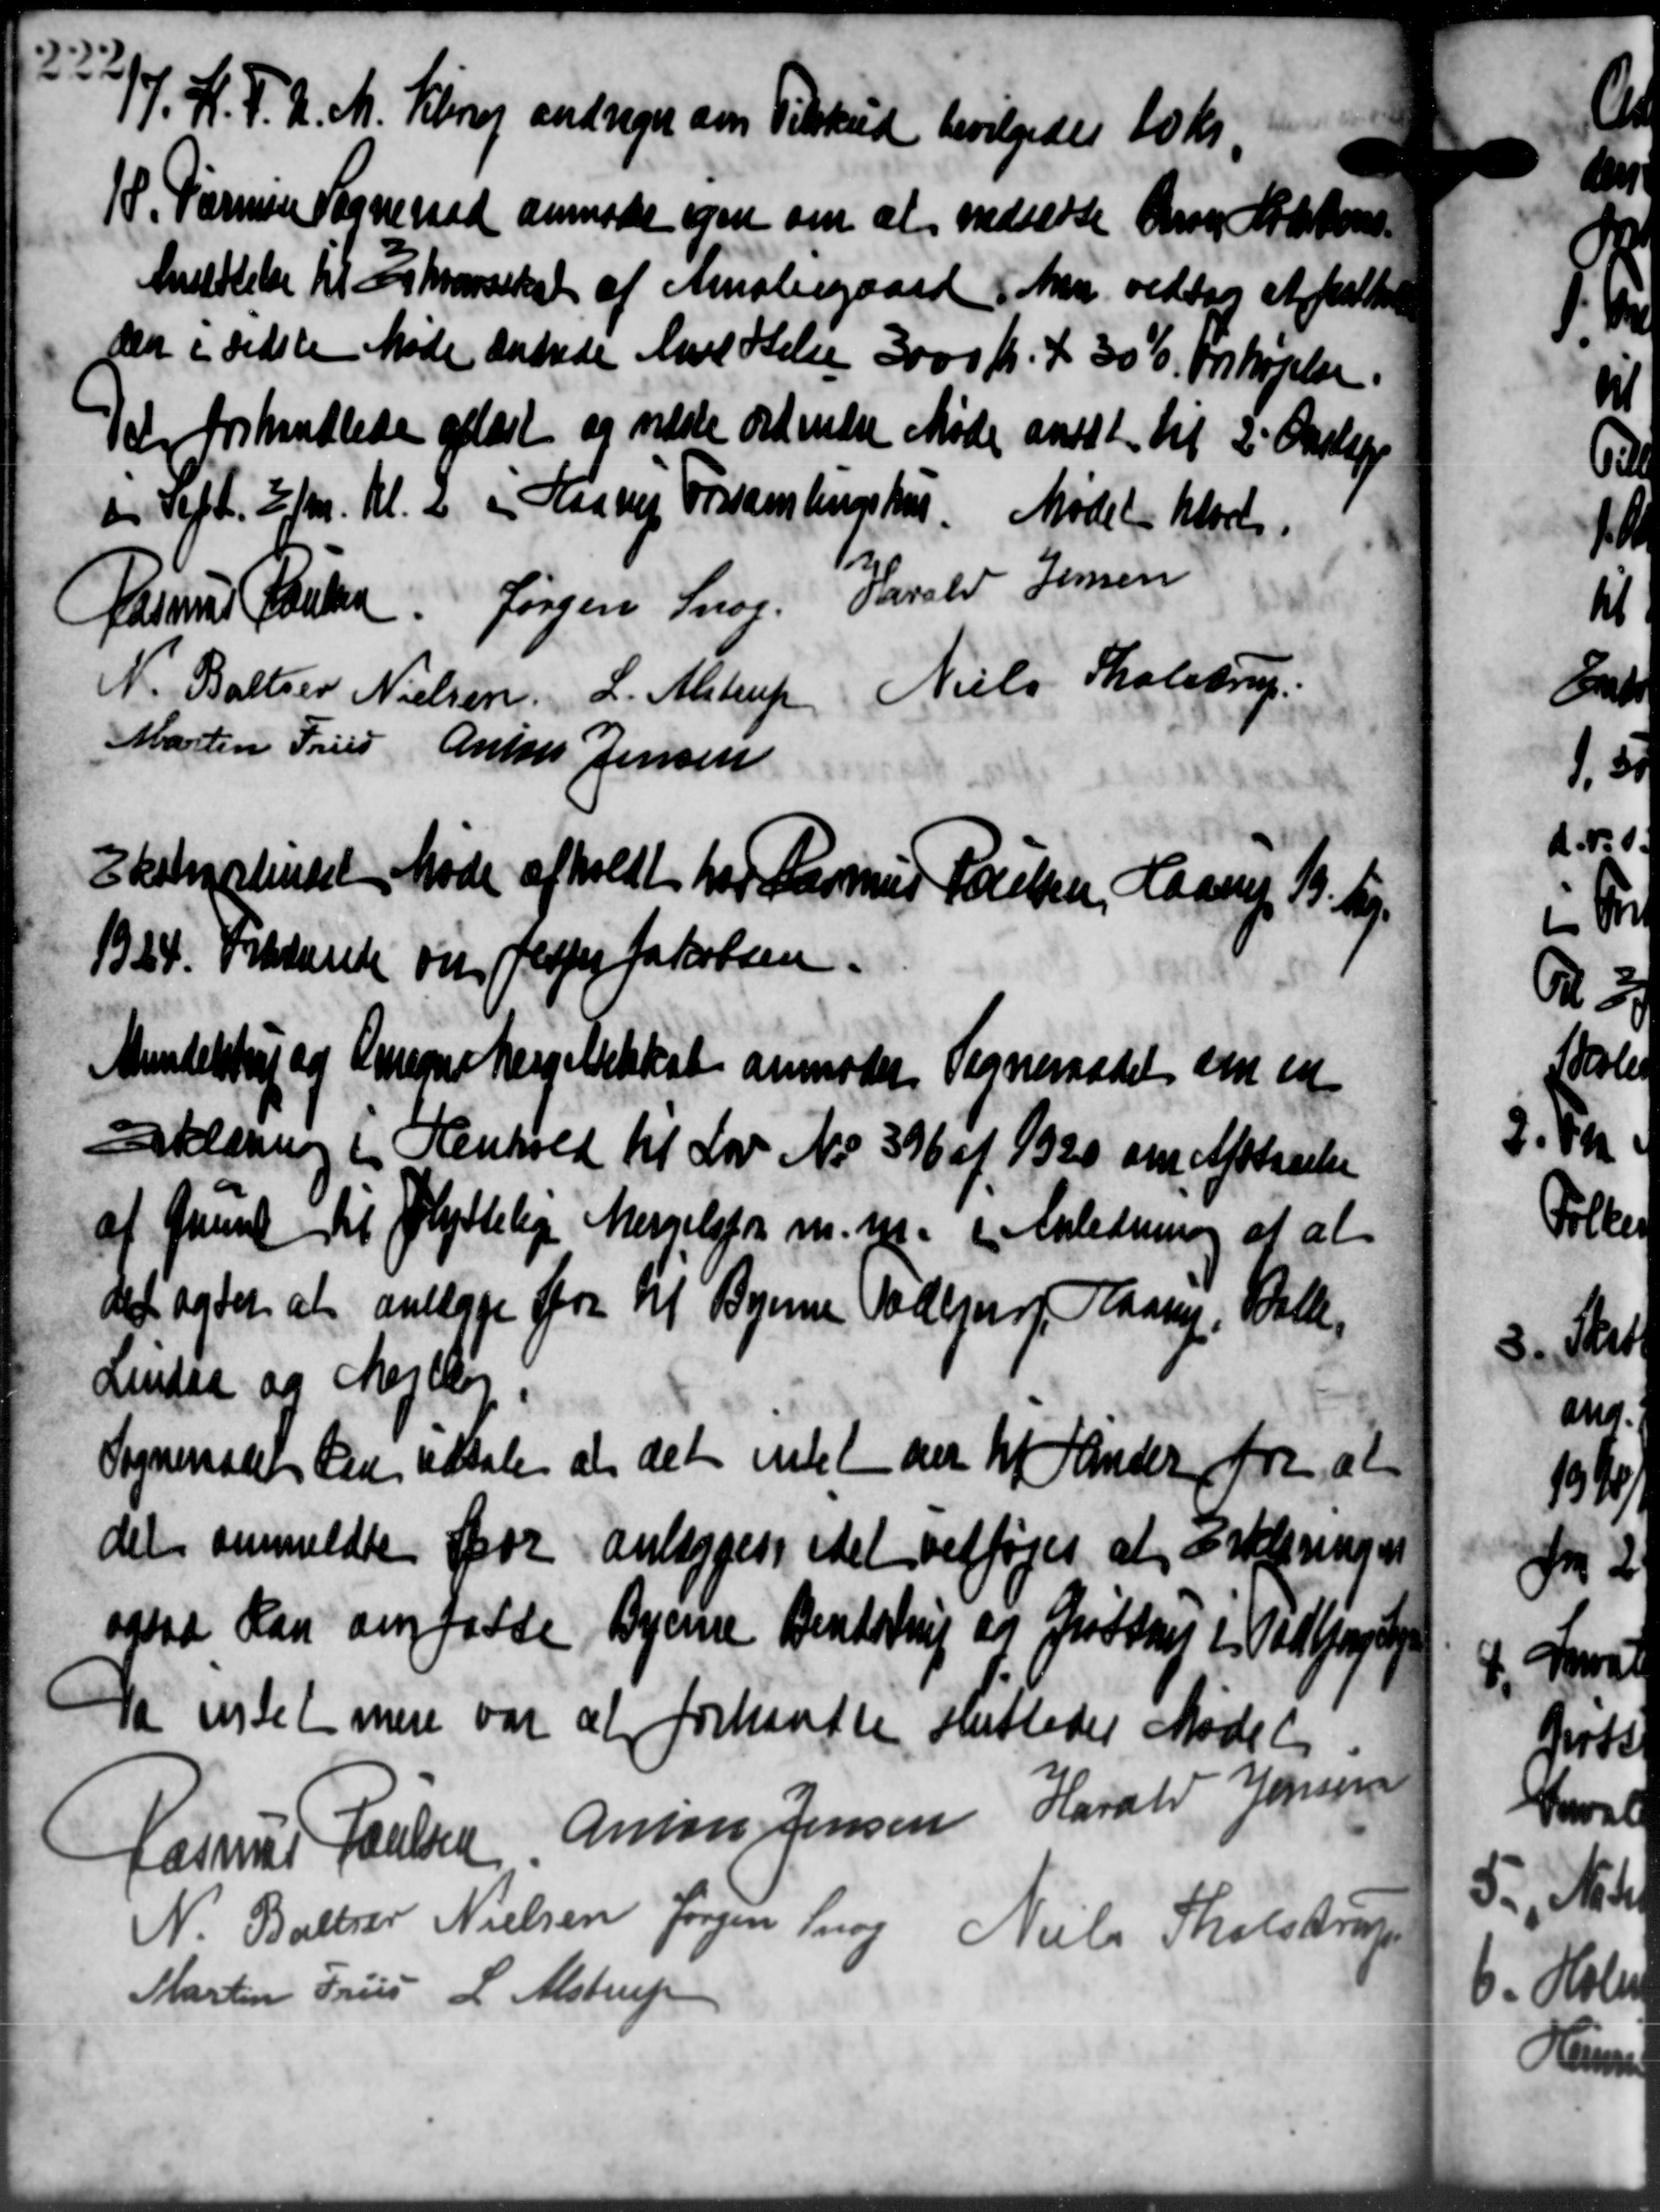
Transskription:
1. H. F. U. M. Klerup andrager om Tilskud bevilgedes 10 Kr.
18. Varmine Sogneraad anmoder egen om at nedsætte Ane Matons
18. Varmine Sogneraad anmoder egen om at nedsætte Ane Matons
Ansættelse til Ehrensskat af Amaliegaard Man vedtog at fatte
den i sidste Møde andrede Anettelse 3000 Kr. + 306. forhøjelse.
Der forhandlede oplæst og næste ordinære Møde ansat til 2' Opslag
d. Heft. 2 fm. Kl. 2 i Hasvej Frsamlingshus. Mødet klart.
Rasmus Larsen Jørgen Snog. Harald Jensen
Niels Tholstrup
N. Baltzer Nielsen L. Alstrup
Martin Fries Anton Jensen
Ekstralendet Møde afholdt har Rasmus Poulsen, Haarup 13. Sig.
1324. Frkkunde om Jesper Jakobsen
Mundelstrup og Omegne Bergelseskat anmoder Sogneraadet om en
rklæring i Henhold til Lov No 396 af 1920 om Afstaaelse
af Grund til flyttelige Messelsfor m. m. i Anledning af at
det sydet at anlægge for til Byerne Gadejer Maane. Walle,
Lindaa og Mejlby
Sogneraadet den udtale at det intet der til Lander fra at
det anmeldte for anlægges, idet vedføjes at Erklæringen
ogsaa kan om faste Byerne Bendstring og Gustrup i Vedlagde
Da intet mere var at forhandle Indledes Mødet
Rasmus Poulsen Anton Jensen Harald Jensen
N. Boelser Nielsen Jørgen Snog Niels Thulstrup
Martin Friis L. Alstrup